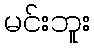
မင်းဘူး